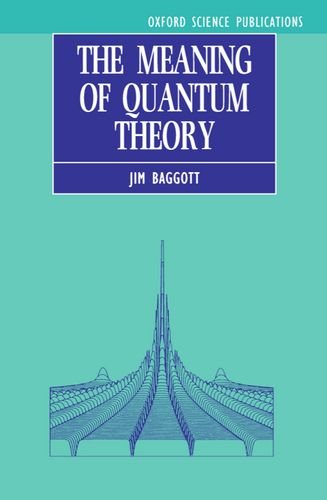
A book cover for The Meaning of Quantum Theory: A Guide for Students of Chemistry and Physics (Oxford Science Publications); Jim Baggott; Science & Math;